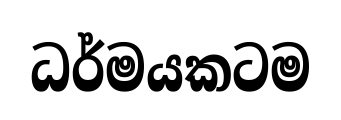
ධර්මයකටම